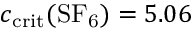
c _ { \mathrm { c r i t } } ( \mathrm { S F _ { 6 } } ) = 5 . 0 6